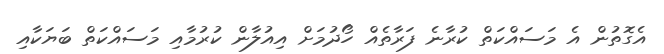
އެގޮތުން އެ މަސައްކަތް ކުރާނެ ފަރާތެއް ހޯދުމަށް އިއުލާން ކުރުމާއި މަސައްކަތް ބަޔަކާއި